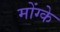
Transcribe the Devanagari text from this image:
मोंग्के